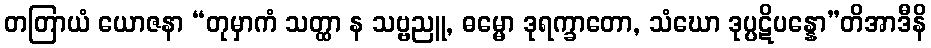
တတြာယံ ယောဇနာ “တုမှာကံ သတ္ထာ န သဗ္ဗညူ, ဓမ္မော ဒုရက္ခာတော, သံဃော ဒုပ္ပဋိပန္နော”တိအာဒီနိ